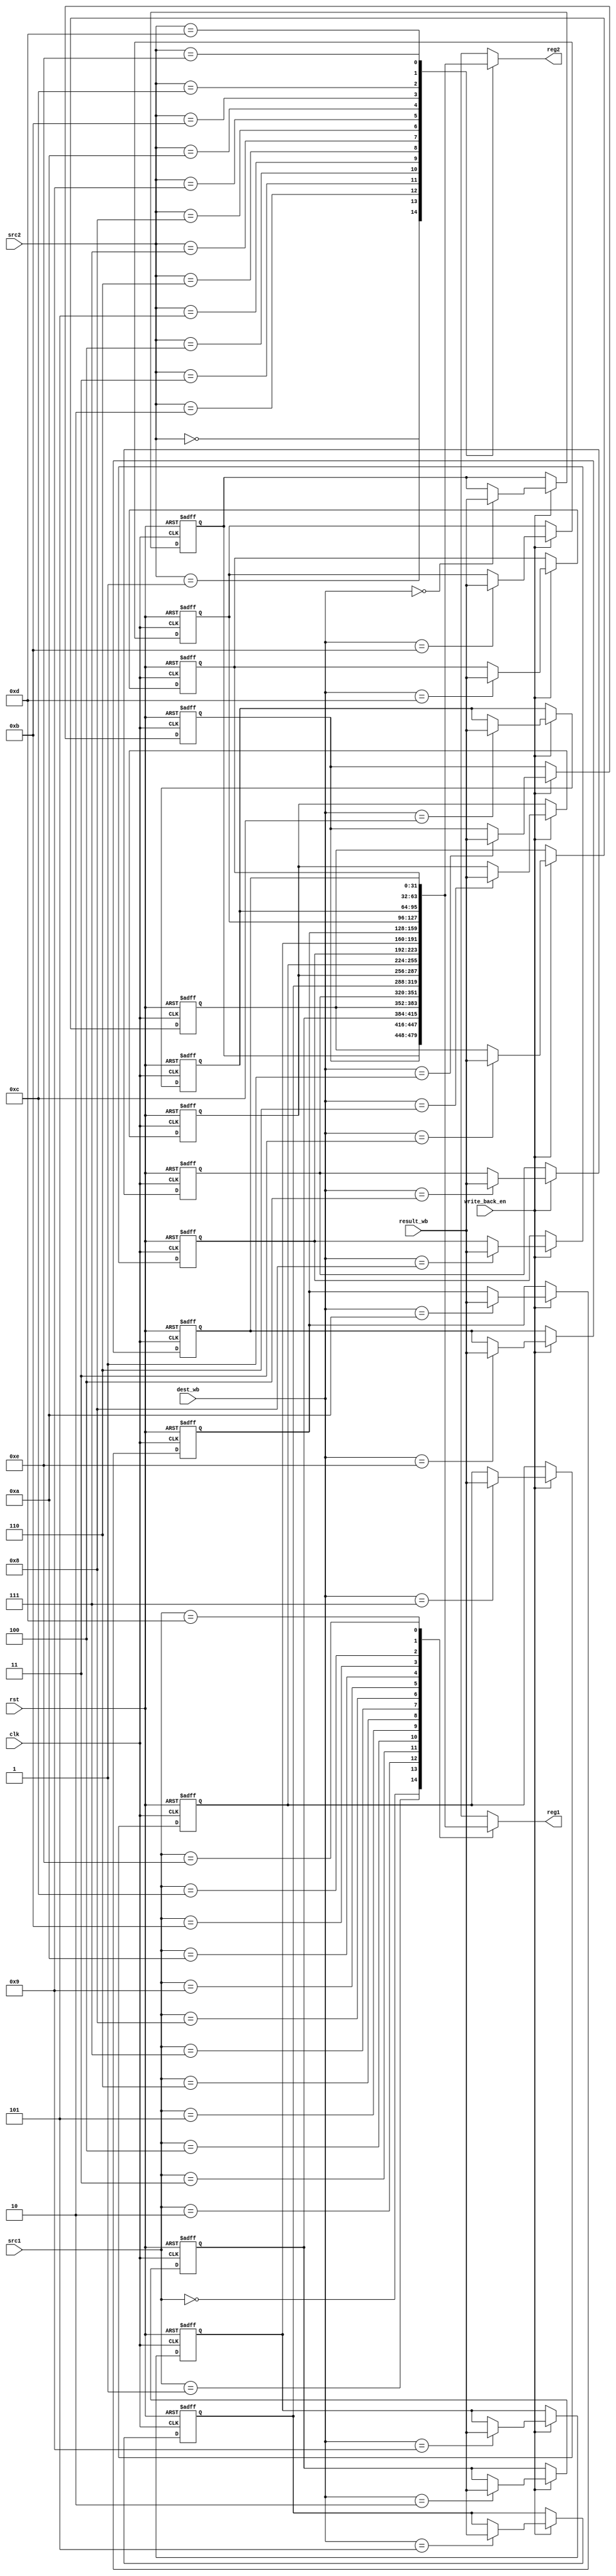
module ID_Register_file(
    input clk,rst,
    input [3:0] src1,src2,dest_wb,
    input [31:0] result_wb,
    input write_back_en,
    output  [31:0] reg1,reg2
);

    reg [31:0] reg_mem [0:14] ;
    integer i;
    initial begin
        for (i = 0; i < 15 ; i = i+1) begin
            reg_mem[i] <= i;
        end
    end

    assign reg1=reg_mem[src1];
    assign reg2=reg_mem[src2]; 

    always @(negedge clk,posedge rst) begin
        if (rst) begin
            for (i = 0; i < 15 ; i = i+1) begin
                reg_mem[i] <= i;
            end
        end
        else if (write_back_en)
            reg_mem[dest_wb] <= result_wb;
    end
    
    



endmodule